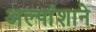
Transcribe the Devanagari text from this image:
अल्पांशाने